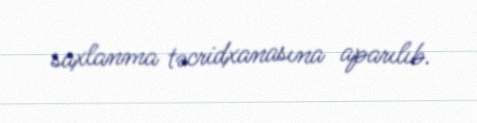
saxlanma təcridxanasına aparılıb.